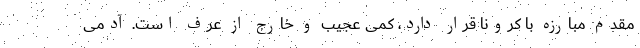
مقدم مبارزه با کرونا قرار دارد، کمی عجیب و خارج از عُرف است. آدمی